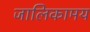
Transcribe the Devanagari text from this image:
जालिकामय